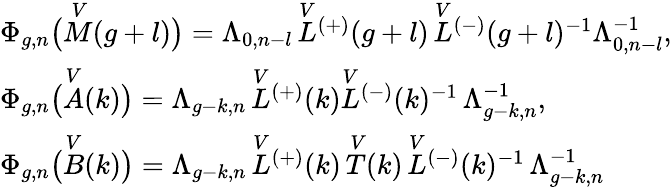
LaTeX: \begin{array}{l}{\Phi_{g,n}\bigl(\overset{V}{M}(g+l)\bigr)=\Lambda_{0,n-l}\, \overset{V}{L}{^{(+)}}(g+l)\, \overset{V}{L}{^{(-)}}(g+l)^{-1}\Lambda_{0,n-l}^{-1},}\\ {\Phi_{g,n}\bigl(\overset{V}{A}(k)\bigr)=\Lambda_{g-k,n}\, \overset{V}{L}{^{(+)}}(k)\overset{V}{L}{^{(-)}}(k)^{-1}\, \Lambda_{g-k,n}^{-1},}\\ {\Phi_{g,n}\bigl(\overset{V}{B}(k)\bigr)=\Lambda_{g-k,n}\, \overset{V}{L}{^{(+)}}(k)\, \overset{V}{T}(k)\, \overset{V}{L}{^{(-)}}(k)^{-1}\, \Lambda_{g-k,n}^{-1}}\end{array}